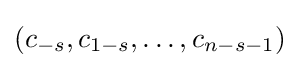
(c_{-s},c_{1-s},\dots ,c_{n-s-1})